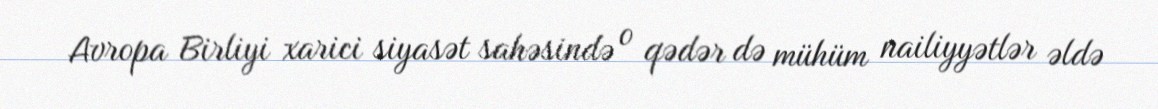
Avropa Birliyi xarici siyasət sahəsində o qədər də mühüm nailiyyətlər əldə